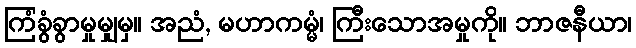
ကြံခွံခွာမှုမျှမှ။ အညံ, မဟာကမ္မံ၊ ကြီးသောအမှုကို။ ဘာဇနီယာ၊